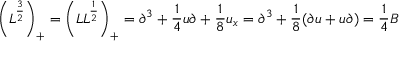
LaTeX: \left( L ^ { \frac { 3 } { 2 } } \right) _ { + } = \left( L L ^ { \frac { 1 } { 2 } } \right) _ { + } = \partial ^ { 3 } + { \frac { 1 } { 4 } } u \partial + { \frac { 1 } { 8 } } u _ { x } = \partial ^ { 3 } + { \frac { 1 } { 8 } } ( \partial u + u \partial ) = { \frac { 1 } { 4 } } B